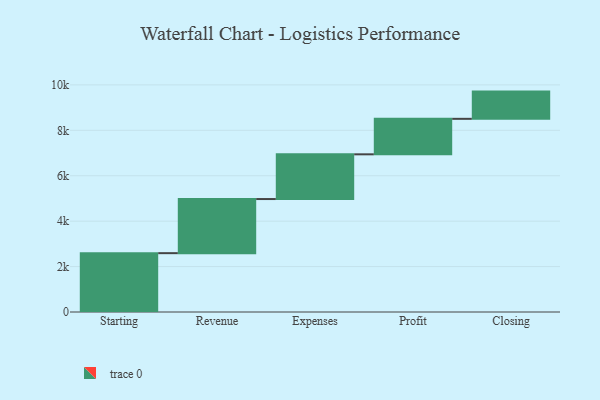
{"axis": {"x": "Step", "y": "Value"}, "legend": [""], "data": [{"x": "Starting", "y": 2591.0, "type": ""}, {"x": "Revenue", "y": 2383.0, "type": ""}, {"x": "Expenses", "y": 1969.0, "type": ""}, {"x": "Profit", "y": 1563.0, "type": ""}, {"x": "Closing", "y": 1199.0, "type": ""}]}